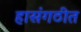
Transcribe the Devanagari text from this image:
हासंगठीत